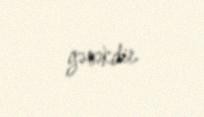
gərəkdir.